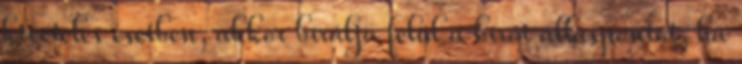
kivételes esetben, akkor bírálja felül a bírói álláspontot, ha